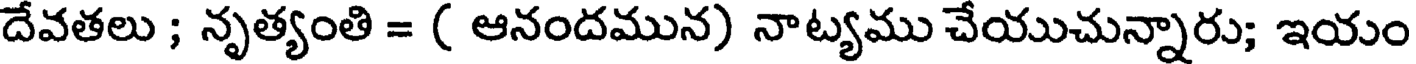
దేవతలు ; నృత్యంతి = ( ఆనందమున) నాట్యము చేయుచున్నారు; ఇయం